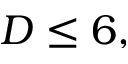
D \leq 6 ,